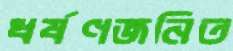
ধর্ষণজনিত